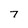
Character: 7